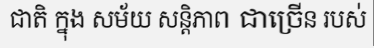
ជាតិ ក្នុង សម័យ សន្តិភាព ជាច្រើន របស់